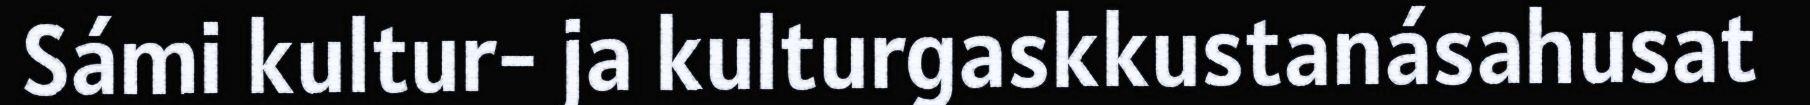
Sámi kultur- ja kulturgaskkustanásahusat